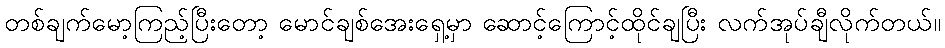
တစ်ချက်မော့ကြည့်ပြီးတော့ မောင်ချစ်အေးရှေ့မှာ ဆောင့်ကြောင့်ထိုင်ချပြီး လက်အုပ်ချီလိုက်တယ်။